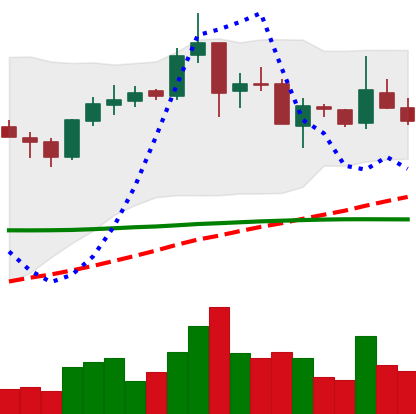
Ticker: TRX-USD
Chart end date: 2019-02-06
Forward return: -3.316%
Label: down_3_5